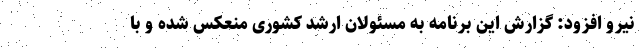
نیرو افزود: گزارش این برنامه به مسئولان ارشد کشوری منعکس شده و با